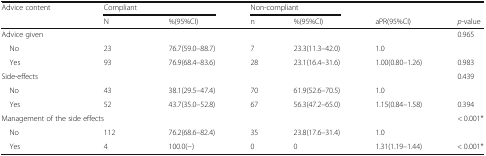
<table><thead><tr><td><b>Advice content</b></td><td colspan="2"><b>Compliant</b></td><td colspan="2"><b>Non-compliant</b></td><td></td><td></td></tr><tr><td></td><td><b>N</b></td><td><b>%(95%CI)</b></td><td><b>n</b></td><td><b>%(95%CI)</b></td><td><b>aPR(95%CI)</b></td><td><b><i>p</i>-value</b></td></tr></thead><tbody><tr><td>Advice given</td><td></td><td></td><td></td><td></td><td></td><td>0.965</td></tr><tr><td> No</td><td>23</td><td>76.7(59.0–88.7)</td><td>7</td><td>23.3(11.3–42.0)</td><td>1.0</td><td></td></tr><tr><td> Yes</td><td>93</td><td>76.9(68.4–83.6)</td><td>28</td><td>23.1(16.4–31.6)</td><td>1.00(0.80–1.26)</td><td>0.983</td></tr><tr><td>Side-effects</td><td></td><td></td><td></td><td></td><td></td><td>0.439</td></tr><tr><td> No</td><td>43</td><td>38.1(29.5–47.4)</td><td>70</td><td>61.9(52.6–70.5)</td><td>1.0</td><td></td></tr><tr><td> Yes</td><td>52</td><td>43.7(35.0–52.8)</td><td>67</td><td>56.3(47.2–65.0)</td><td>1.15(0.84–1.58)</td><td>0.394</td></tr><tr><td colspan="2">Management of the side effects</td><td></td><td></td><td></td><td></td><td>&lt; 0.001*</td></tr><tr><td> No</td><td>112</td><td>76.2(68.6–82.4)</td><td>35</td><td>23.8(17.6–31.4)</td><td>1.0</td><td></td></tr><tr><td> Yes</td><td>4</td><td>100.0(−)</td><td>0</td><td>0</td><td>1.31(1.19–1.44)</td><td>&lt; 0.001*</td></tr></tbody></table>